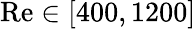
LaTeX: \mathrm{Re}\in[400,1200]